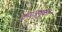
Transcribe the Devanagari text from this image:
काजुयुकी